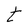
Character: t